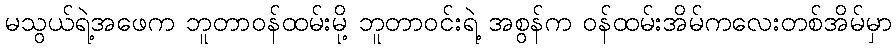
မသွယ်ရဲ့အဖေက ဘူတာဝန်ထမ်းမို့ ဘူတာဝင်းရဲ့ အစွန်က ဝန်ထမ်းအိမ်ကလေးတစ်အိမ်မှာ